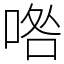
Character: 𠴰